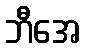
ဘီအေ